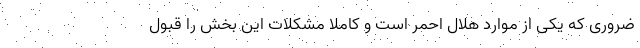
ضروری که یکی از موارد هلال احمر است و کاملا مشکلات این بخش را قبول